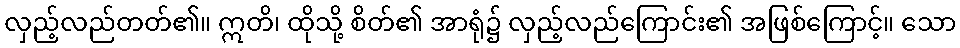
လှည့်လည်တတ်၏။ ဣတိ၊ ထိုသို့ စိတ်၏ အာရုံ၌ လှည့်လည်ကြောင်း၏ အဖြစ်ကြောင့်။ သော